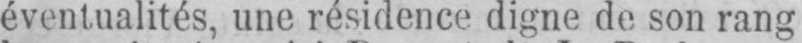
éventualités, une résidence digne de son rang